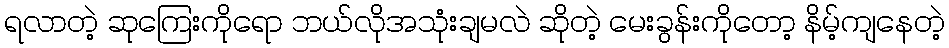
ရလာတဲ့ ဆုကြေးကိုရော ဘယ်လိုအသုံးချမလဲ ဆိုတဲ့ မေးခွန်းကိုတော့ နိမ့်ကျနေတဲ့